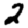
Digit: 2